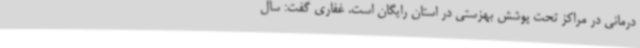
درمانی در مراکز تحت پوشش بهزستی در استان رایگان است. غفاری گفت: سال